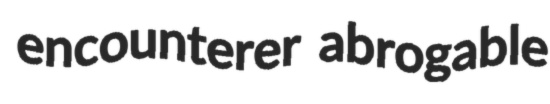
encounterer abrogable